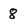
Character: 8